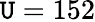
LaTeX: \mathtt{U}=152